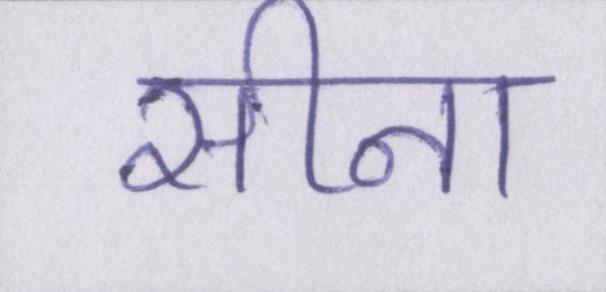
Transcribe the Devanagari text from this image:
सीना